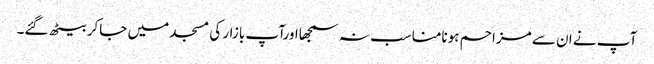
آپ نے ان سے مزاحم ہونامناسب نہ سمجھااورآپ بازار کی مسجد میں جاکر بیٹھ گئے۔